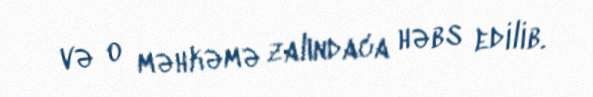
və o məhkəmə zalındaca həbs edilib.